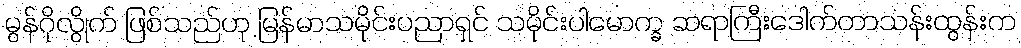
မွန်ဂိုလွိုက် ဖြစ်သည်ဟု မြန်မာသမိုင်းပညာရှင် သမိုင်းပါမောက္ခ ဆရာကြီးဒေါက်တာသန်းထွန်းက